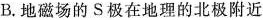
B.地磁场的S极在地理的北极附近